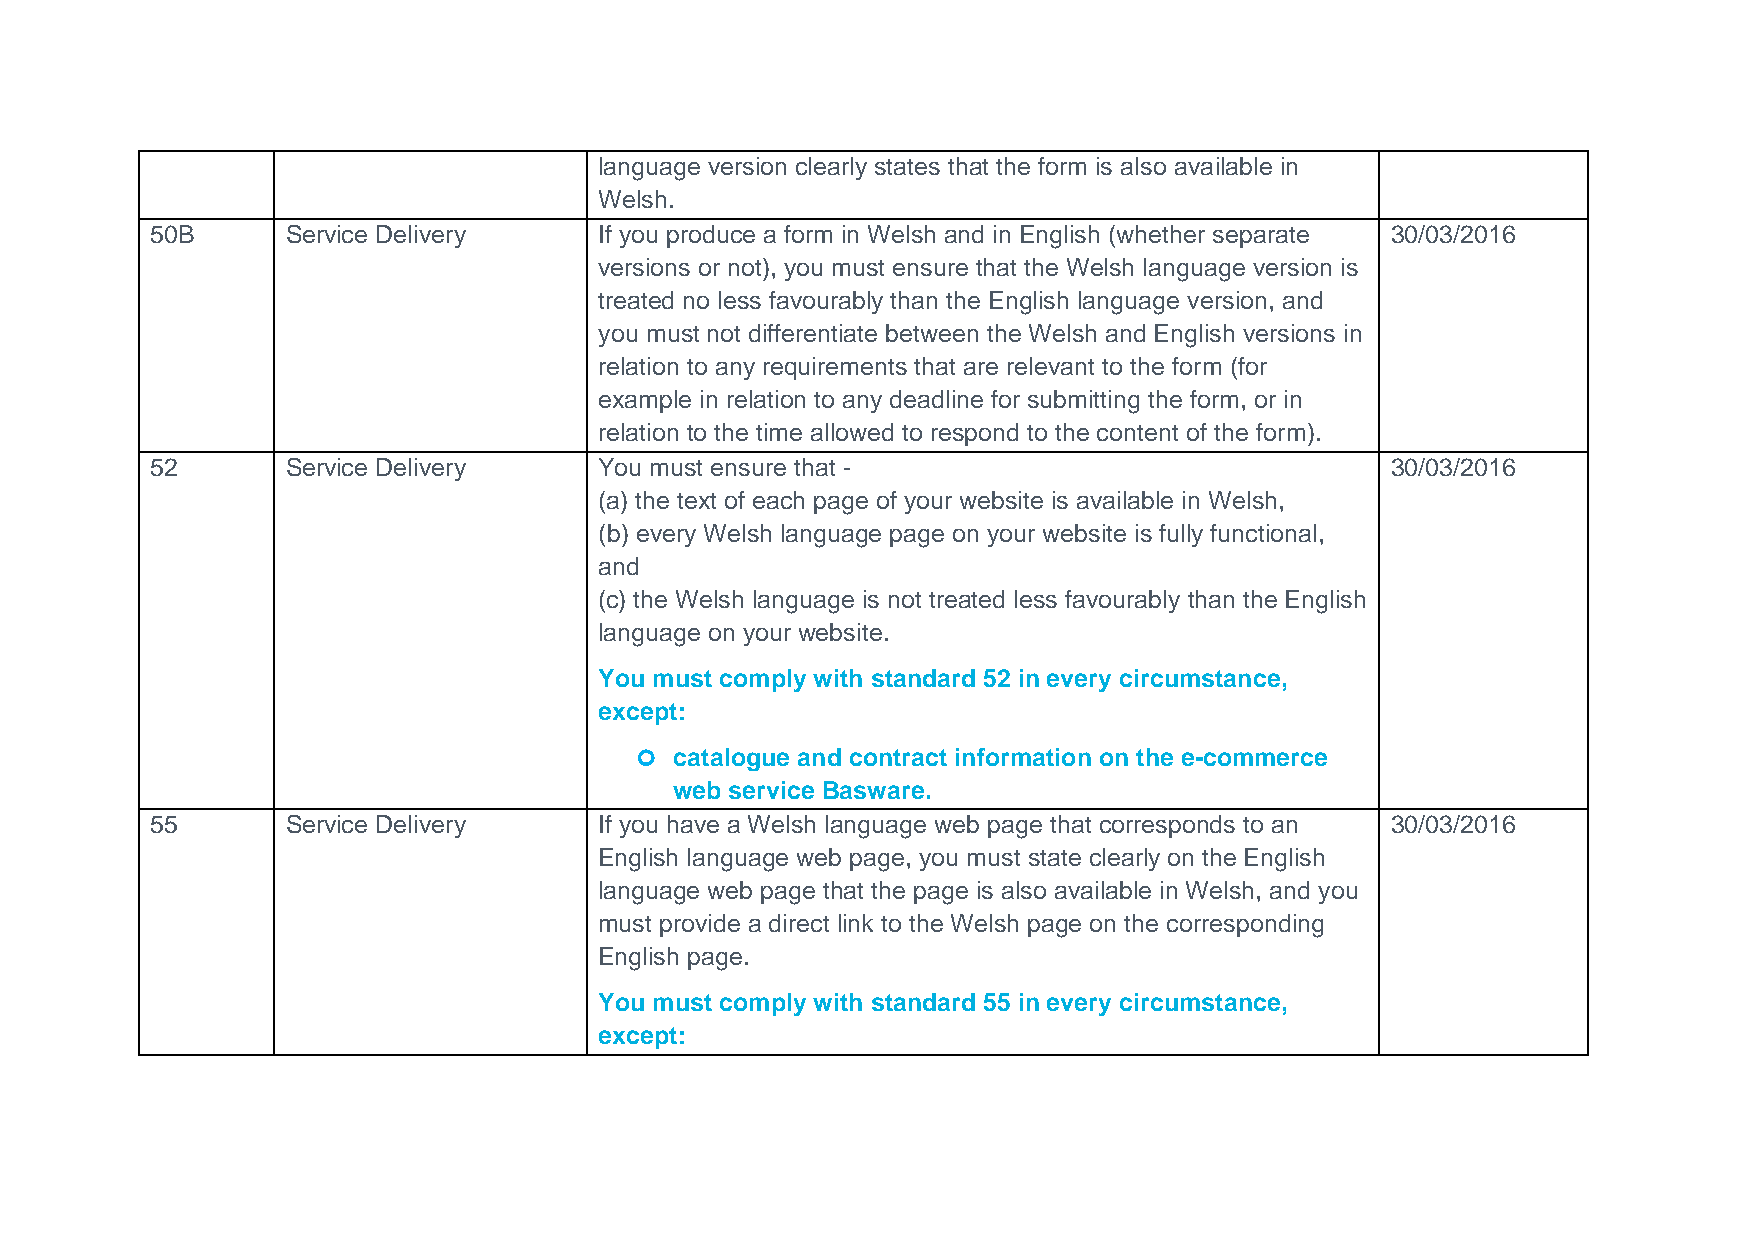
language version clearly states that the form is also available in
 Welsh.
 50B      Service Delivery     If you produce a form in Welsh and in English (whether separate 30/03/2016
 versions or not), you must ensure that the Welsh language version is
 treated no less favourably than the English language version, and
 you must not differentiate between the Welsh and English versions in
 relation to any requirements that are relevant to the form (for
 example in relation to any deadline for submitting the form, or in
 relation to the time allowed to respond to the content of the form).
 52       Service Delivery     You must ensure that -                              30/03/2016
 (a) the text of each page of your website is available in Welsh,
 (b) every Welsh language page on your website is fully functional,
 and
 (c) the Welsh language is not treated less favourably than the English
 language on your website.
 You must comply with standard 52 in every circumstance,
 except:
   catalogue and contract information on the e-commerce
 web service Basware.
 55       Service Delivery     If you have a Welsh language web page that corresponds to an 30/03/2016
 English language web page, you must state clearly on the English
 language web page that the page is also available in Welsh, and you
 must provide a direct link to the Welsh page on the corresponding
 English page.
 You must comply with standard 55 in every circumstance,
 except: